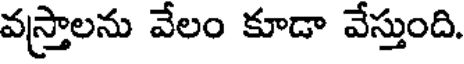
వస్త్రాలను వేలం కూడా వేస్తుంది.